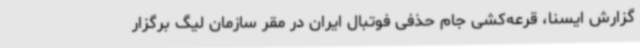
گزارش ایسنا، قرعه‌کشی جام حذفی فوتبال ایران در مقر سازمان لیگ برگزار